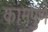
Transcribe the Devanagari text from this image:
कामपुर्ण